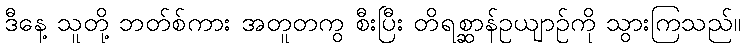
ဒီနေ့ သူတို့ ဘတ်စ်ကား အတူတကွ စီးပြီး တိရစ္ဆာန်ဥယျာဉ်ကို သွားကြသည်။